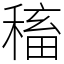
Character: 稸